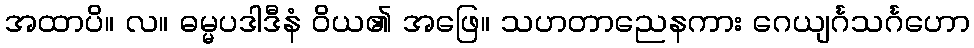
အထာပိ။ လ။ ဓမ္မပဒါဒီနံ ဝိယ၏ အဖြေ။ သဟတာညေနကား ဂေယျင်္ဂသင်္ဂဟော